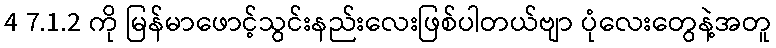
4 7.1.2 ကို မြန်မာဖောင့်သွင်းနည်းလေးဖြစ်ပါတယ်ဗျာ ပုံလေးတွေနဲ့အတူ